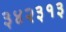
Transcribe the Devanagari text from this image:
३४२३१३